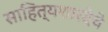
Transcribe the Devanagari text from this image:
साहित्यशारदेचे